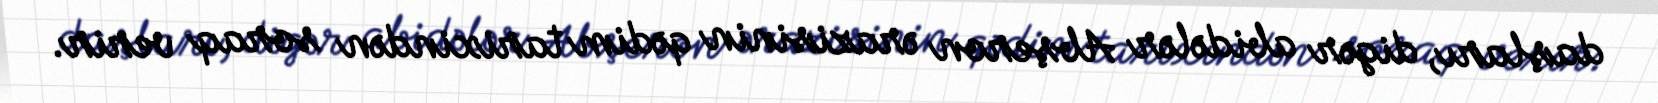
daşları, digər abidələr Abşeron ərazisinin qədim tarixindən soraq verir.